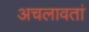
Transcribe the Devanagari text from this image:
अचलावतां